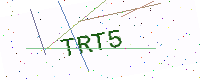
Text: TRT5